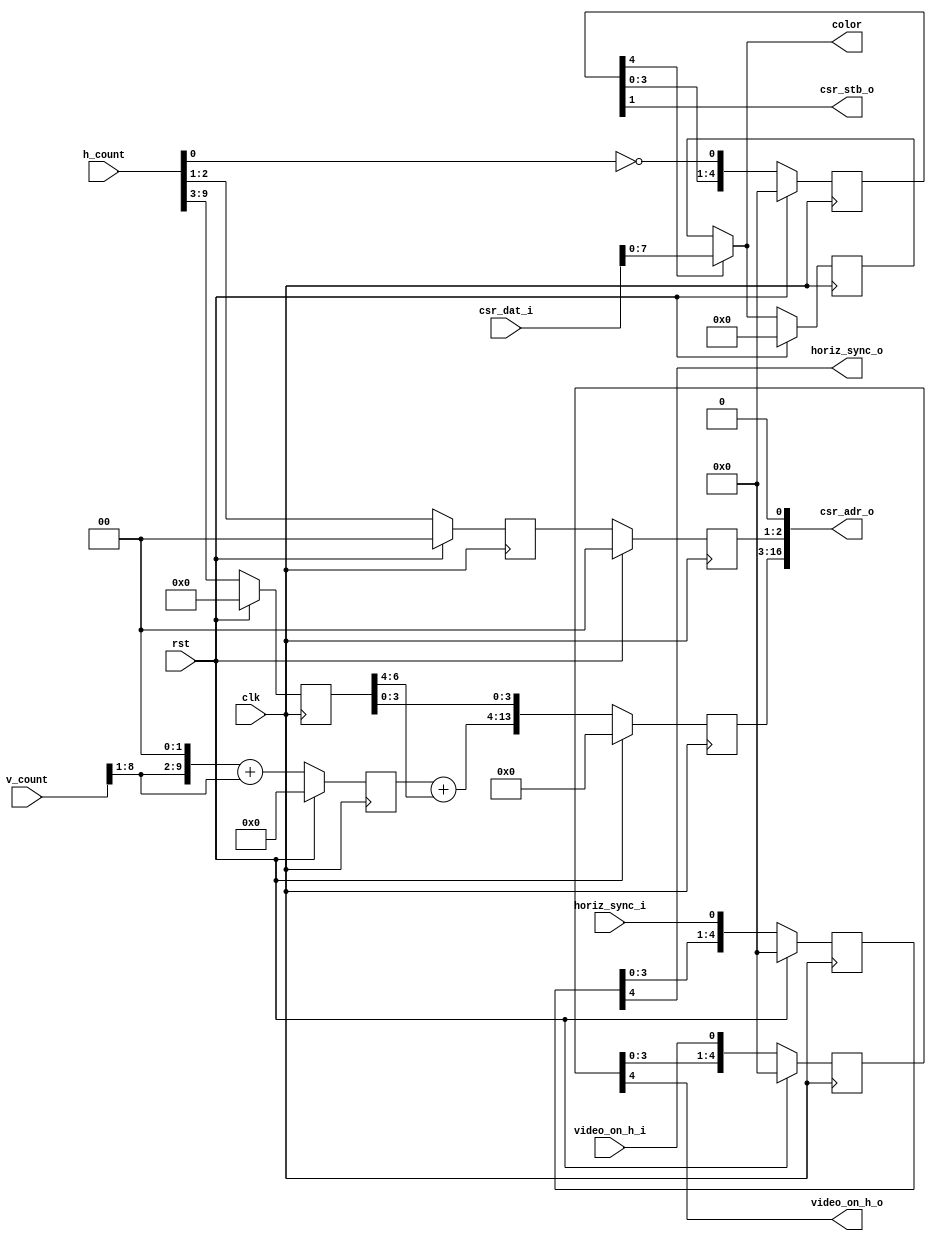
// This program was cloned from: https://github.com/marmolejo/zet
// License: GNU General Public License v3.0

/*
 *  Linear mode graphics for VGA
 *  Copyright (C) 2010  Zeus Gomez Marmolejo <zeus@aluzina.org>
 *
 *  This file is part of the Zet processor. This processor is free
 *  hardware; you can redistribute it and/or modify it under the terms of
 *  the GNU General Public License as published by the Free Software
 *  Foundation; either version 3, or (at your option) any later version.
 *
 *  Zet is distrubuted in the hope that it will be useful, but WITHOUT
 *  ANY WARRANTY; without even the implied warranty of MERCHANTABILITY
 *  or FITNESS FOR A PARTICULAR PURPOSE. See the GNU General Public
 *  License for more details.
 *
 *  You should have received a copy of the GNU General Public License
 *  along with Zet; see the file COPYING. If not, see
 *  <http://www.gnu.org/licenses/>.
 */

module vga_linear (
    input clk,
    input rst,

    // CSR slave interface for reading
    output [17:1] csr_adr_o,
    input  [15:0] csr_dat_i,
    output        csr_stb_o,

    input [9:0] h_count,
    input [9:0] v_count,
    input       horiz_sync_i,
    input       video_on_h_i,
    output      video_on_h_o,

    output [7:0] color,
    output       horiz_sync_o
  );

  // Registers
  reg [ 9:0] row_addr;
  reg [ 6:0] col_addr;
  reg [14:1] word_offset;
  reg [ 1:0] plane_addr;
  reg [ 1:0] plane_addr0;
  reg [ 7:0] color_l;

  reg [4:0] video_on_h;
  reg [4:0] horiz_sync;
  reg [5:0] pipe;
  reg [15:0] word_color;

  // Continous assignments
  assign csr_adr_o = { word_offset, plane_addr, 1'b0 };
  assign csr_stb_o = pipe[1];

  assign color = pipe[4] ? csr_dat_i[7:0] : color_l;

  assign video_on_h_o = video_on_h[4];
  assign horiz_sync_o = horiz_sync[4];

  // Behaviour
  // Pipeline count
  always @(posedge clk)
    pipe <= rst ? 6'b0 : { pipe[4:0], ~h_count[0] };

  // video_on_h
  always @(posedge clk)
    video_on_h <= rst ? 5'b0 : { video_on_h[3:0], video_on_h_i };

  // horiz_sync
  always @(posedge clk)
    horiz_sync <= rst ? 5'b0 : { horiz_sync[3:0], horiz_sync_i };

  // Address generation
  always @(posedge clk)
    if (rst)
      begin
        row_addr    <= 10'h0;
        col_addr    <= 7'h0;
        plane_addr0 <= 2'b00;
        word_offset <= 14'h0;
        plane_addr  <= 2'b00;
      end
    else
      begin
        // Loading new row_addr and col_addr when h_count[3:0]==4'h0
        // v_count * 5 * 32
        row_addr    <= { v_count[8:1], 2'b00 } + v_count[8:1];
        col_addr    <= h_count[9:3];
        plane_addr0 <= h_count[2:1];

        word_offset <= { row_addr + col_addr[6:4], col_addr[3:0] };
        plane_addr  <= plane_addr0;
      end

  // color_l
  always @(posedge clk)
    color_l <= rst ? 8'h0 : (pipe[4] ? csr_dat_i[7:0] : color_l);

endmodule